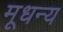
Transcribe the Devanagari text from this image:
मूधन्य